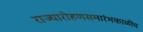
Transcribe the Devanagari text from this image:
राज्यारोहणसमारंभकाळींच